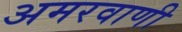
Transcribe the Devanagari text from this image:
अमरवाणी